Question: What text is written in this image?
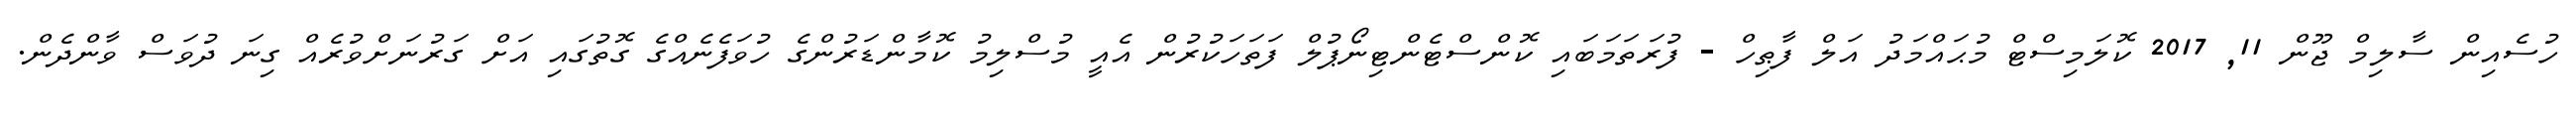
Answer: ހުސެއިން ސާލިމް ޖޫން 11, 2017 ކޮލަމިސްޓް މުޙައްމަދު އަލް ފާޠިހް - ފުރަތަމަބައި ކޮންސްޓެންޓިނޯޕުލް ފަތަހަކުރުން އެއީ މުސްލިމު ކޮމާންޑަރުންގެ ހުވަފެނެއްގެ ގޮތުގައި އަށް ގަރުނަށްވުރެއް ގިނަ ދުވަސް ވާންދެން.